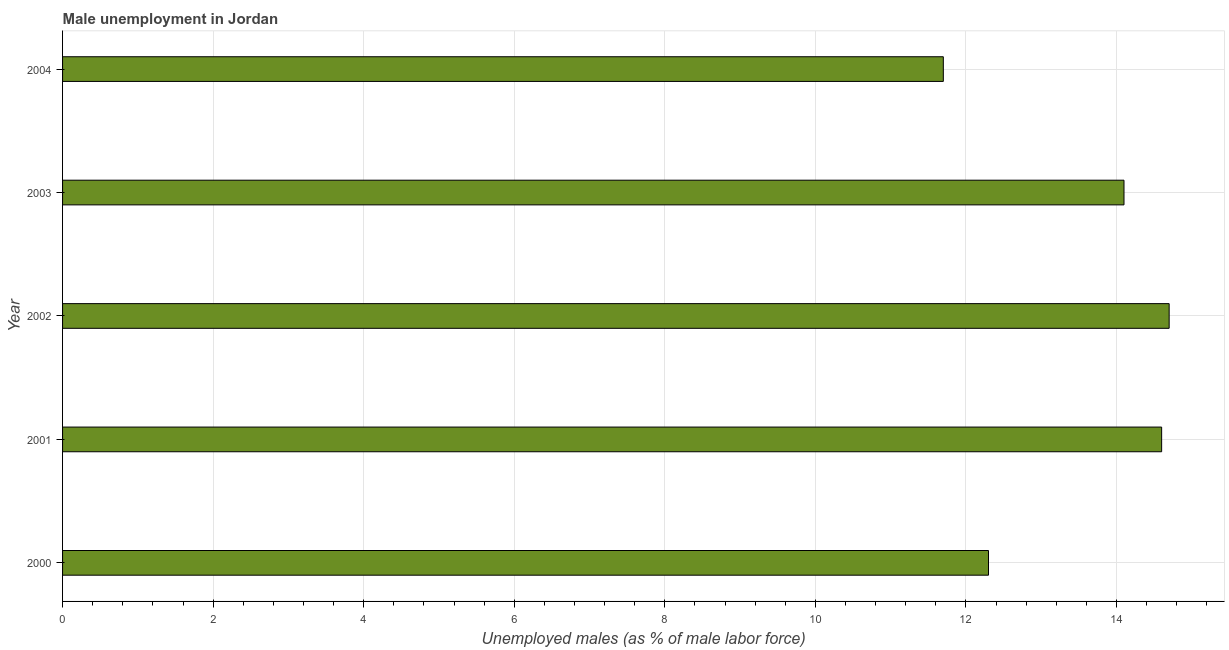
| Year | Unemployment |
 | --- | --- |
 | 2000 | 12.3 |
 | 2001 | 14.6 |
 | 2002 | 14.7 |
 | 2003 | 14.1 |
 | 2004 | 11.7 |